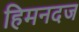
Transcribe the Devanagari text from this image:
हिमनदज